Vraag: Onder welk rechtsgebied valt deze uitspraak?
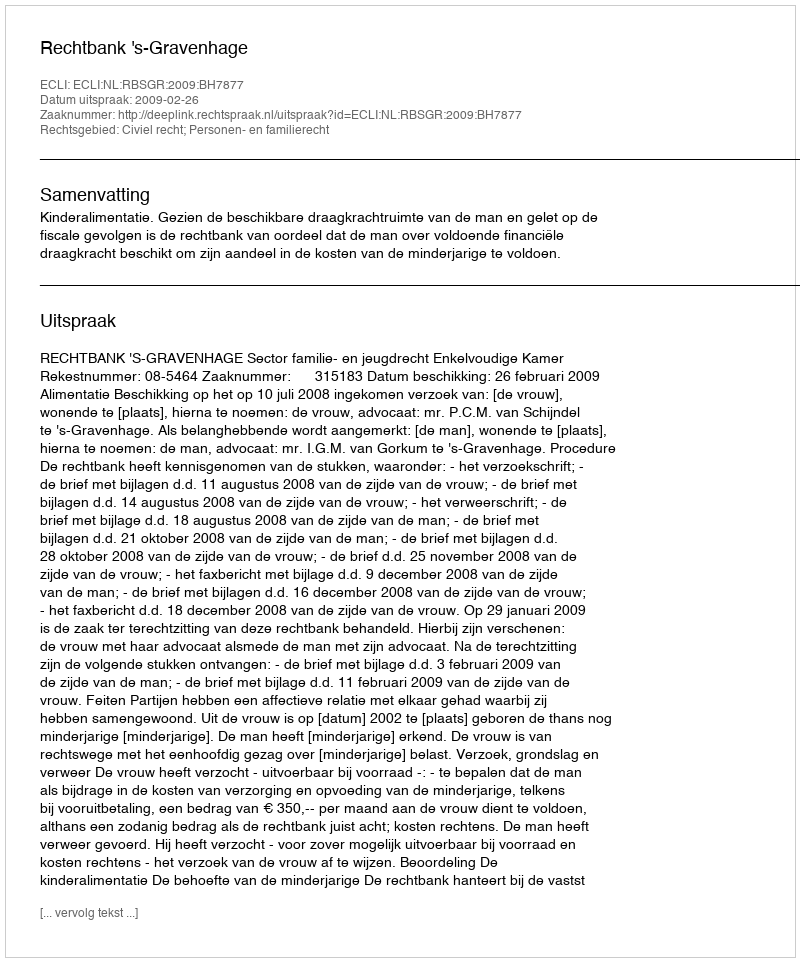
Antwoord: Civiel recht; Personen- en familierecht